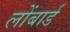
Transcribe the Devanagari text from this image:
लोंबार्ड